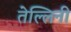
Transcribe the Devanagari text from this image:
तेल्लिनी